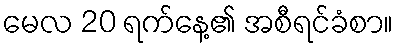
မေလ 20 ရက်နေ့၏ အစီရင်ခံစာ။